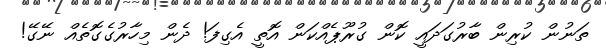
ތަނުން ކުރިން ބާރުގަދައީ ކޮން ގުރޫޕެއްކަން އޮތީ އެގިފަ! ދެން މިހާރުގެގޮތެއް ނޭގޭ!